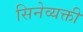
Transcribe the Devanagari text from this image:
सिनेव्यक्ती